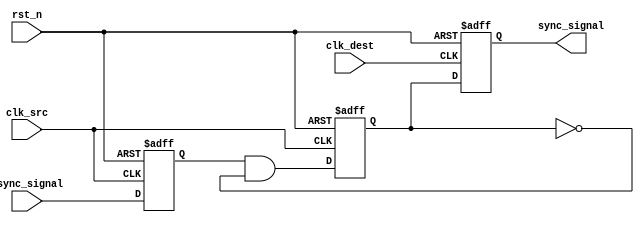
module pulsed_synchronizer (
    input wire async_signal,      // Asynchronous input signal
    input wire clk_src,          // Source clock
    input wire clk_dest,         // Destination clock
    input wire rst_n,            // Asynchronous active-low reset
    output reg sync_signal        // Synchronized output signal
);

    // Intermediate signals
    reg ff1_out;                 // Output of the first flip-flop
    reg pulse;                   // Pulse signal generated from ff1_out

    // First Flip-Flop: Samples async_signal on the rising edge of clk_src
    always @(posedge clk_src or negedge rst_n) begin
        if (!rst_n) begin
            ff1_out <= 1'b0;     // Reset FF1 output
        end else begin
            ff1_out <= async_signal; // Capture the async signal
        end
    end

    // Pulse Generation Logic: Generate a pulse when ff1_out changes from 0 to 1
    always @(posedge clk_src or negedge rst_n) begin
        if (!rst_n) begin
            pulse <= 1'b0;        // Reset pulse
        end else begin
            pulse <= ff1_out && !pulse; // Generate pulse on rising edge of ff1_out
        end
    end

    // Second Flip-Flop: Samples the pulse signal on the rising edge of clk_dest
    always @(posedge clk_dest or negedge rst_n) begin
        if (!rst_n) begin
            sync_signal <= 1'b0;  // Reset sync_signal
        end else begin
            sync_signal <= pulse;  // Capture the pulse signal
        end
    end

endmodule